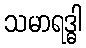
သမာရဒ္ဓါ